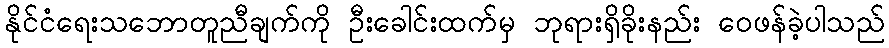
နိုင်ငံရေးသဘောတူညီချက်ကို ဦးခေါင်းထက်မှ ဘုရားရှိခိုးနည်း ဝေဖန်ခဲ့ပါသည်